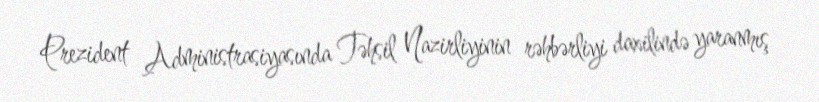
Prezident Administrasiyasında Təhsil Nazirliyinin rəhbərliyi daxilində yaranmış